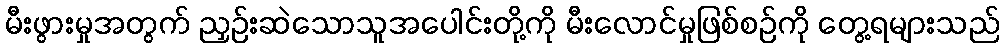
မီးဖွားမှုအတွက် ညှဉ်းဆဲသောသူအပေါင်းတို့ကို မီးလောင်မှုဖြစ်စဉ်ကို တွေ့ရများသည်